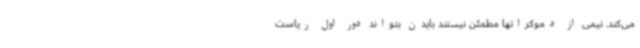
می‌کند. نیمی از دموکراتها مطمئن نیستند بایدن بتواند دور اول ریاست